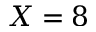
X = 8